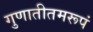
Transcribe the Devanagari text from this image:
गुणातीतमरूपं